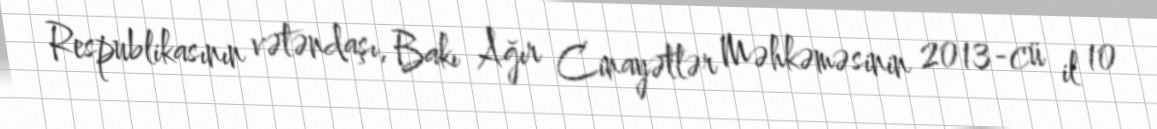
Respublikasının vətəndaşı, Bakı Ağır Cinayətlər Məhkəməsinin 2013-cü il 10